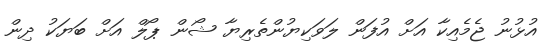
އުޅުނު ޖެމެއިކާ އަށް އުފަން ލަވަކިޔުންތެރިޔާ ޝޯން ޕޯލް އަށް ބަޔަކު ދިން